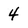
Character: 4